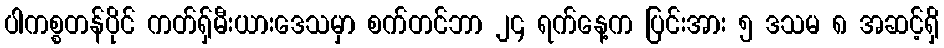
ပါကစ္စတန်ပိုင် ကတ်ရှ်မီးယားဒေသမှာ စက်တင်ဘာ ၂၄ ရက်နေ့က ပြင်းအား ၅ ဒသမ ၈ အဆင့်ရှိ